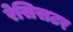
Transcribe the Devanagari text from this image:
रेसिसटर